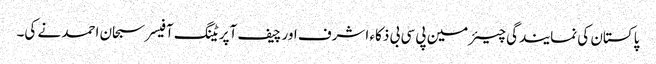
پاکستان کی نمایندگی چیئرمین پی سی بی ذکاء اشرف اور چیف آپریٹنگ آفیسر سبحان احمد نے کی۔